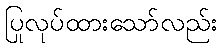
ပြုလုပ်ထားသော်လည်း